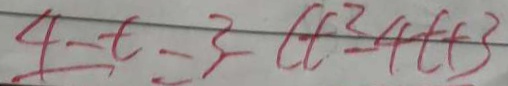
4 - t = 3 = - C t ^ { 2 } - 4 t + 3